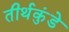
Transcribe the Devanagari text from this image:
तीर्थकुंडे